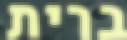
ברית